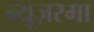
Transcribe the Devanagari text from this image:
न्यूज़रमा